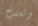
وتسبب